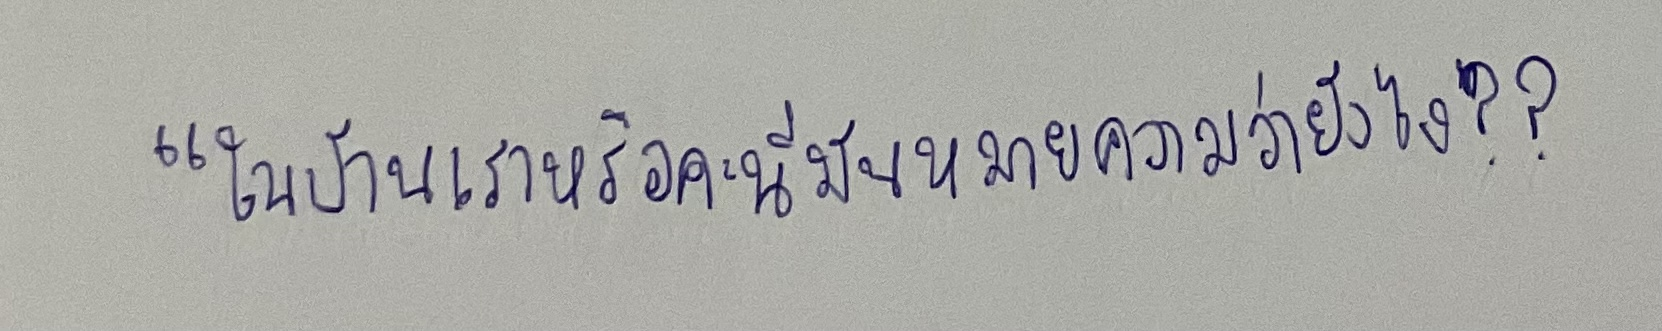
"ในบ้านเราหรือคะนี่มันหมายความว่ายังไง??